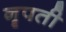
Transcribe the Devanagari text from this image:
नॄपती